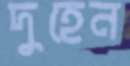
দুহেন